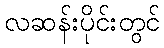
လဆန်းပိုင်းတွင်